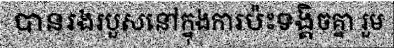
បានរងរបួសនៅក្នុងការប៉ះទង្គិចគ្នា រួម